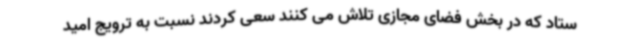
ستاد که در بخش فضای مجازی تلاش می کنند سعی کردند نسبت به ترویج امید